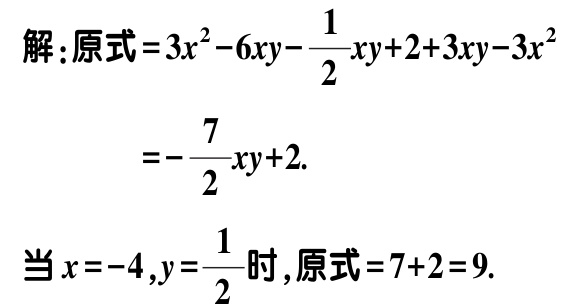
解：原式\(=3x^{2}-6xy-\frac{1}{2}xy + 2 + 3xy - 3x^{2}\)
\(=-\frac{7}{2}xy + 2\).
当\(x = - 4,y=\frac{1}{2}\)时，原式\(=7 + 2 = 9\).